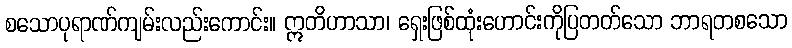
စသောပုရာဏ်ကျမ်းလည်းကောင်း။ ဣတိဟာသာ၊ ရှေးဖြစ်ထုံးဟောင်းကိုပြတတ်သော ဘာရတစသော